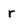
Character: r